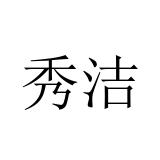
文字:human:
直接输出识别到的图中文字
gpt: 秀洁